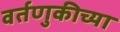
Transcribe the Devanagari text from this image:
वर्तणुकीच्या